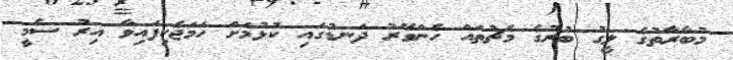
މުބާރާތުގެ ލީގު ބުރުގެ މެޗުތައް ހެންވޭރު ދަނޑުގައި ކުޅުމަށް ހަމަޖެހިފައިވާ އިރު ސެމީ